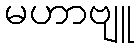
မဟာဗျူ